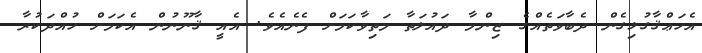
އެހަޢްޤާގުޅިގެން ދެބާވަތެއްގެ ޒިންމާ ދައުލަތާ މަތިވާކަމަށް ފެނެއެވެ. އެއީ ޤާނޫނުން އެކަމަށް ހުއްދަކުރާ